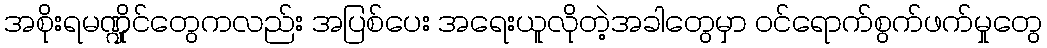
အစိုးရမဏ္ဍိုင်တွေကလည်း အပြစ်ပေး အရေးယူလိုတဲ့အခါတွေမှာ ဝင်ရောက်စွက်ဖက်မှုတွေ